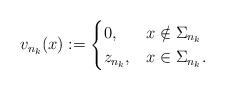
LaTeX: \begin{align*} v_{n_k}(x) := \begin{cases} 0, & x \notin \Sigma_{n_k} \\ z_{n_k}, & x \in \Sigma_{n_k}.\end{cases}\end{align*}